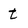
Character: t